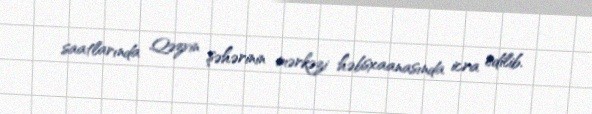
saatlarında Qəzvin şəhərinin mərkəzi həbsxaanasında icra edilib.